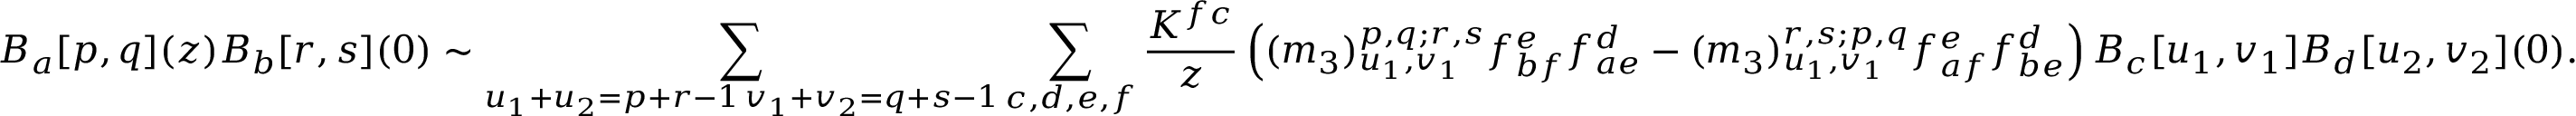
B _ { a } [ p , q ] ( z ) B _ { b } [ r , s ] ( 0 ) \sim \sum _ { \substack { u _ { 1 } + u _ { 2 } = p + r - 1 \, v _ { 1 } + v _ { 2 } = q + s - 1 } } \sum _ { c , d , e , f } \frac { K ^ { f c } } { z } \left( ( m _ { 3 } ) _ { u _ { 1 } , v _ { 1 } } ^ { p , q ; r , s } f _ { b f } ^ { e } f _ { a e } ^ { d } - ( m _ { 3 } ) _ { u _ { 1 } , v _ { 1 } } ^ { r , s ; p , q } f _ { a f } ^ { e } f _ { b e } ^ { d } \right) B _ { c } [ u _ { 1 } , v _ { 1 } ] B _ { d } [ u _ { 2 } , v _ { 2 } ] ( 0 ) .